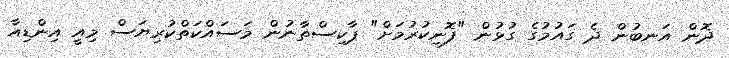
ދޮން އަނބުން ދެ ގައުމުގެ ގުޅުން "ފޮނިކުރުމަށް" ޕާކިސްތާނުން މަސައްކަތްކުރިޔަސް މިއީ އިންޑިއާ